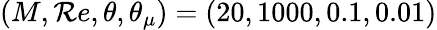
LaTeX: (M,\mathcal{R}e,\theta,\theta_{\mu})=(20,1000,0.1,0.01)